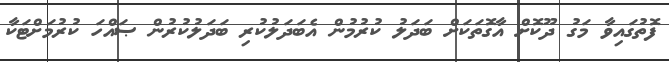
ފޮތުގައިވާ މަގު ދޫކޮށް އާގޮތަކަށް ބަދަލު ކުރުމުން އެބަދަލުކުރި ބަދަލުކުރުން ޞައްހަ ކުރުމަށްޓަކާ